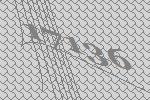
17136